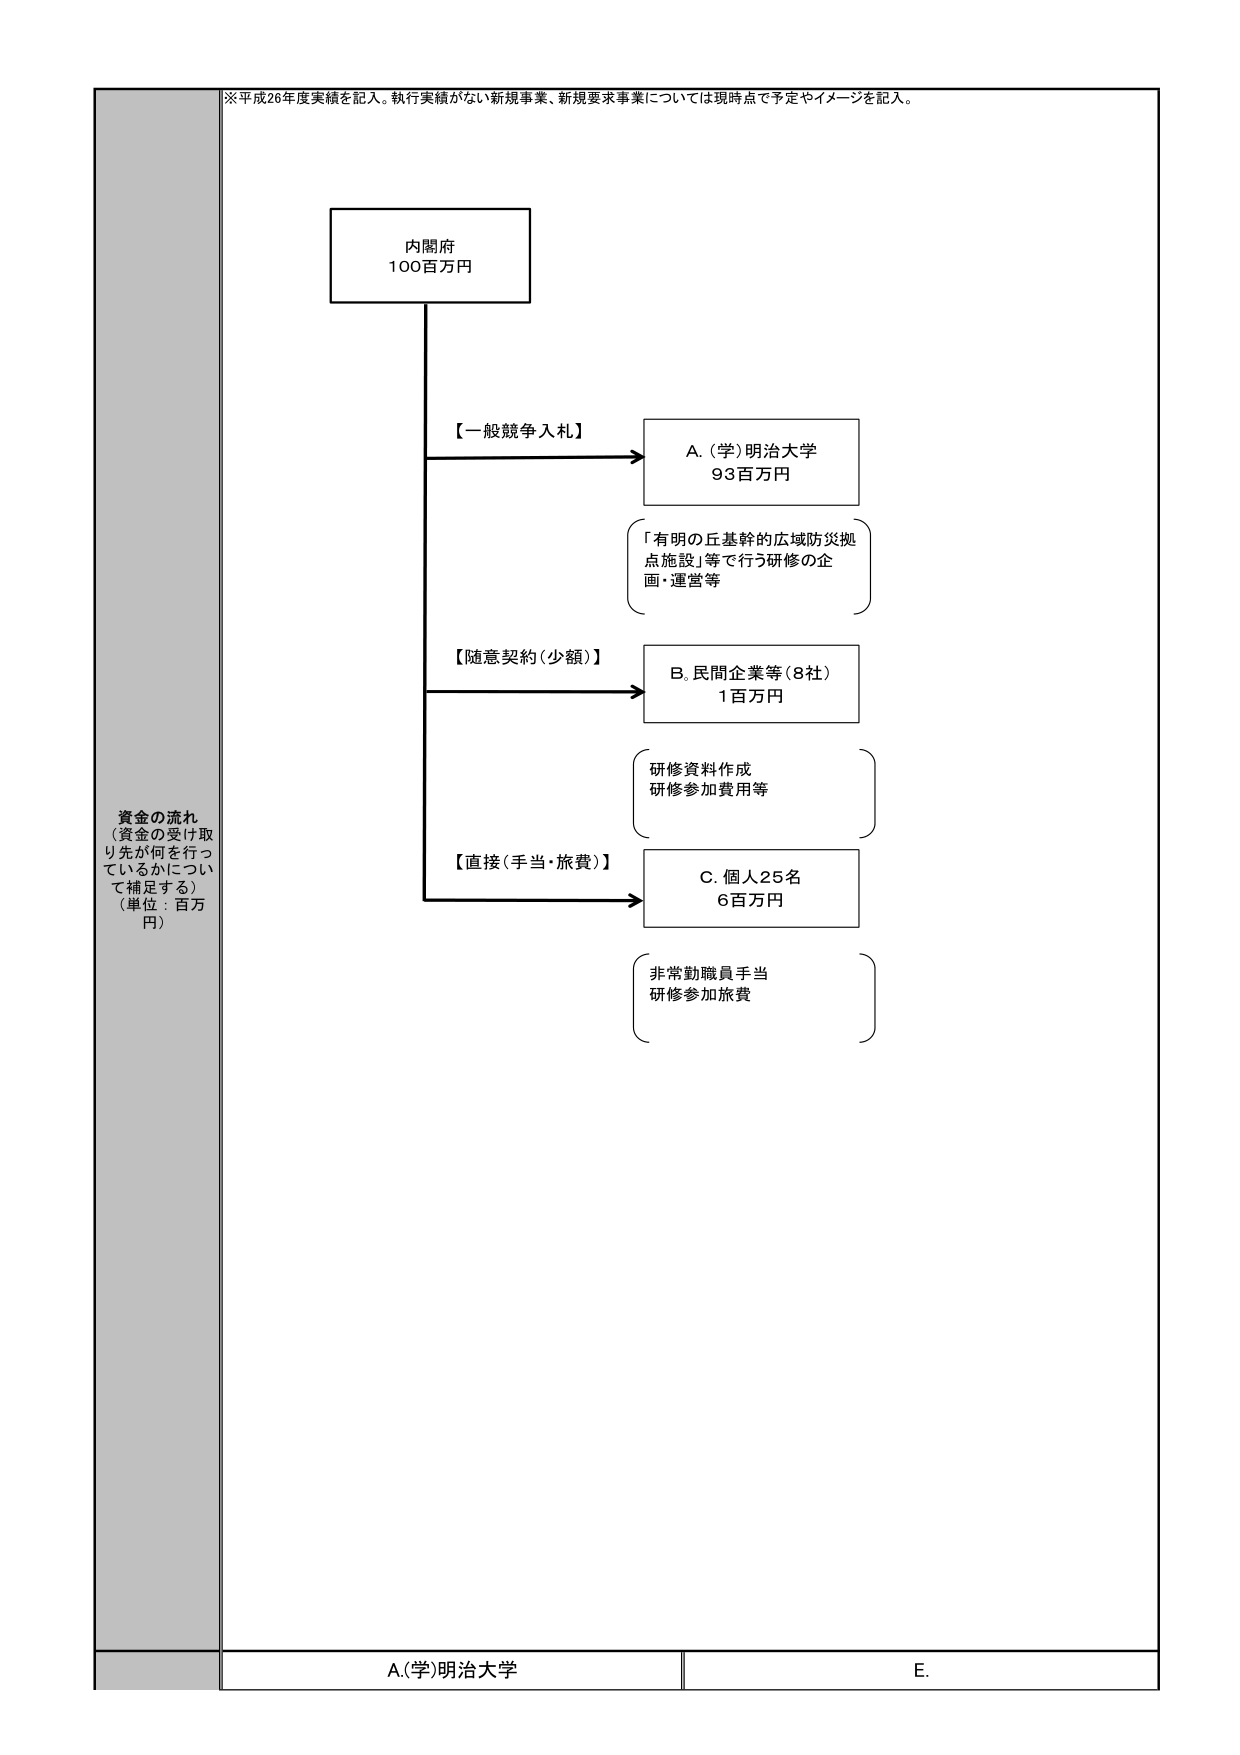
※平成26年度実績を記入。執行実績がない新規事業、新規要求事業については現時点で予定やイメージを記入。

資金の流れ
（資金の受け取り先が何を行っているかについて補足する）
（単位：百万円）

内閣府
100百万円

【一般競争入札】
→ A.（学）明治大学
　　93百万円
　　「有明の丘基幹的広域防災拠点施設」等で行う研修の企画・運営等

【随意契約（少額）】
→ B. 民間企業等（8社）
　　1百万円
　　研修資料作成
　　研修参加費用等

【直接（手当・旅費）】
→ C. 個人25名
　　6百万円
　　非常勤職員手当
　　研修参加旅費

A（学）明治大学
E.